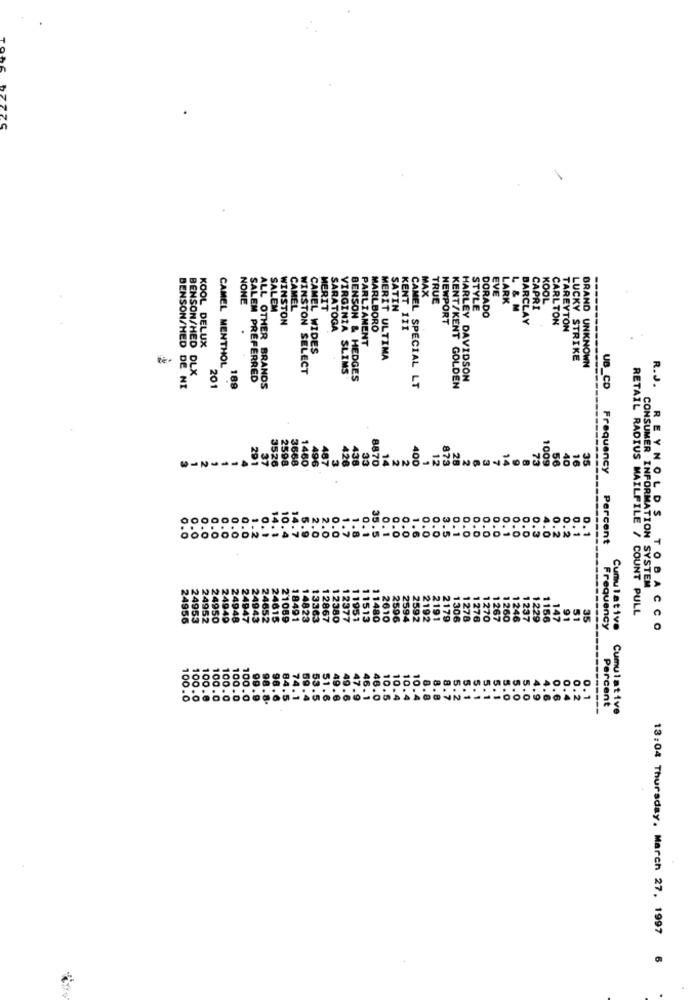
--
NONE
MAX
TRUE
EVE
LARK
CAMEL
MERIT
SATIN
CAMEL
STYLE
DORADO
L & M
CAPRI
KOOL
SALEM
WINSTON
NEWPORT
BARCLAY
CARLTON
.
SARATOGA
MARLBORO
KENT 111
TAREYTON
KOOL DELUX
BENSON/HED
CAMEL WIDES
PARLIAMENT
MERIT ULTIMA
LUCKY STRIKE
BRAND UNKNOWN
BENSON/HED DLX
CAMEL MENTHOL
WINSTON SELECT
VIRGINIA SLIMS
SALEM PREFERRED
BENSON & HEDGES
HARLEY DAVIDSON
DE NI
201
189
ALL OTHER BRANDS
SPECIAL LT
KENT/KENT GOLDEN
UB_CD
R.J.
88
3526
2598
3668
1460
40
40
33
73
1009
56
35
Frequency
BANNO
0.0
0.3
4.
0.
.0
0.2
Percent
INFORMATION SYSTEM
249
RETAIL RADIUS MAILFILE / COUNT PULL
24956
1491
12867
380
267
1260
1246
1237
1229
156
147
91
51
35
Frequency
Cumulative
REYNOLDS TOBACCO
51
49.
0.1
.0
Percent
Cumulative
13:04 Thursday, March 27, 1997 6